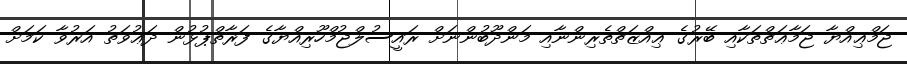
ޖަމްޢިއްޔާ ޖަމާޢަތްތަކާއި ބޭރުގެ ޢިއްޒަތްތެރިންނާއި މަންދޫބުންނަށް ރައީސުލްޖުމްހޫރިއްޔާގެ ފަރާތްޕުޅުން ދަޢުވަތު އަރުވާ ކަމަށް